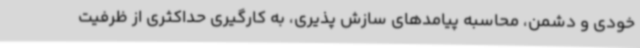
خودی و دشمن، محاسبه پیامدهای سازش پذیری، به کارگیری حداکثری از ظرفیت